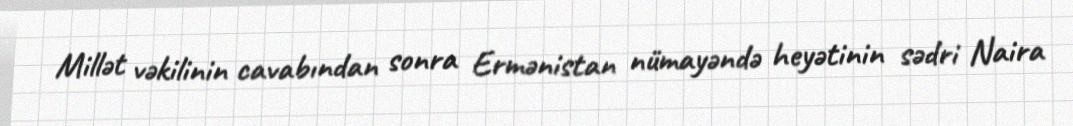
Millət vəkilinin cavabından sonra Ermənistan nümayəndə heyətinin sədri Naira